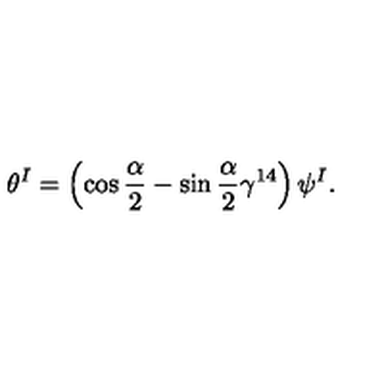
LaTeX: \theta ^ { I } = \left( \cos \frac { \alpha } { 2 } - \sin \frac { \alpha } { 2 } \gamma ^ { 1 4 } \right) \psi ^ { I } .